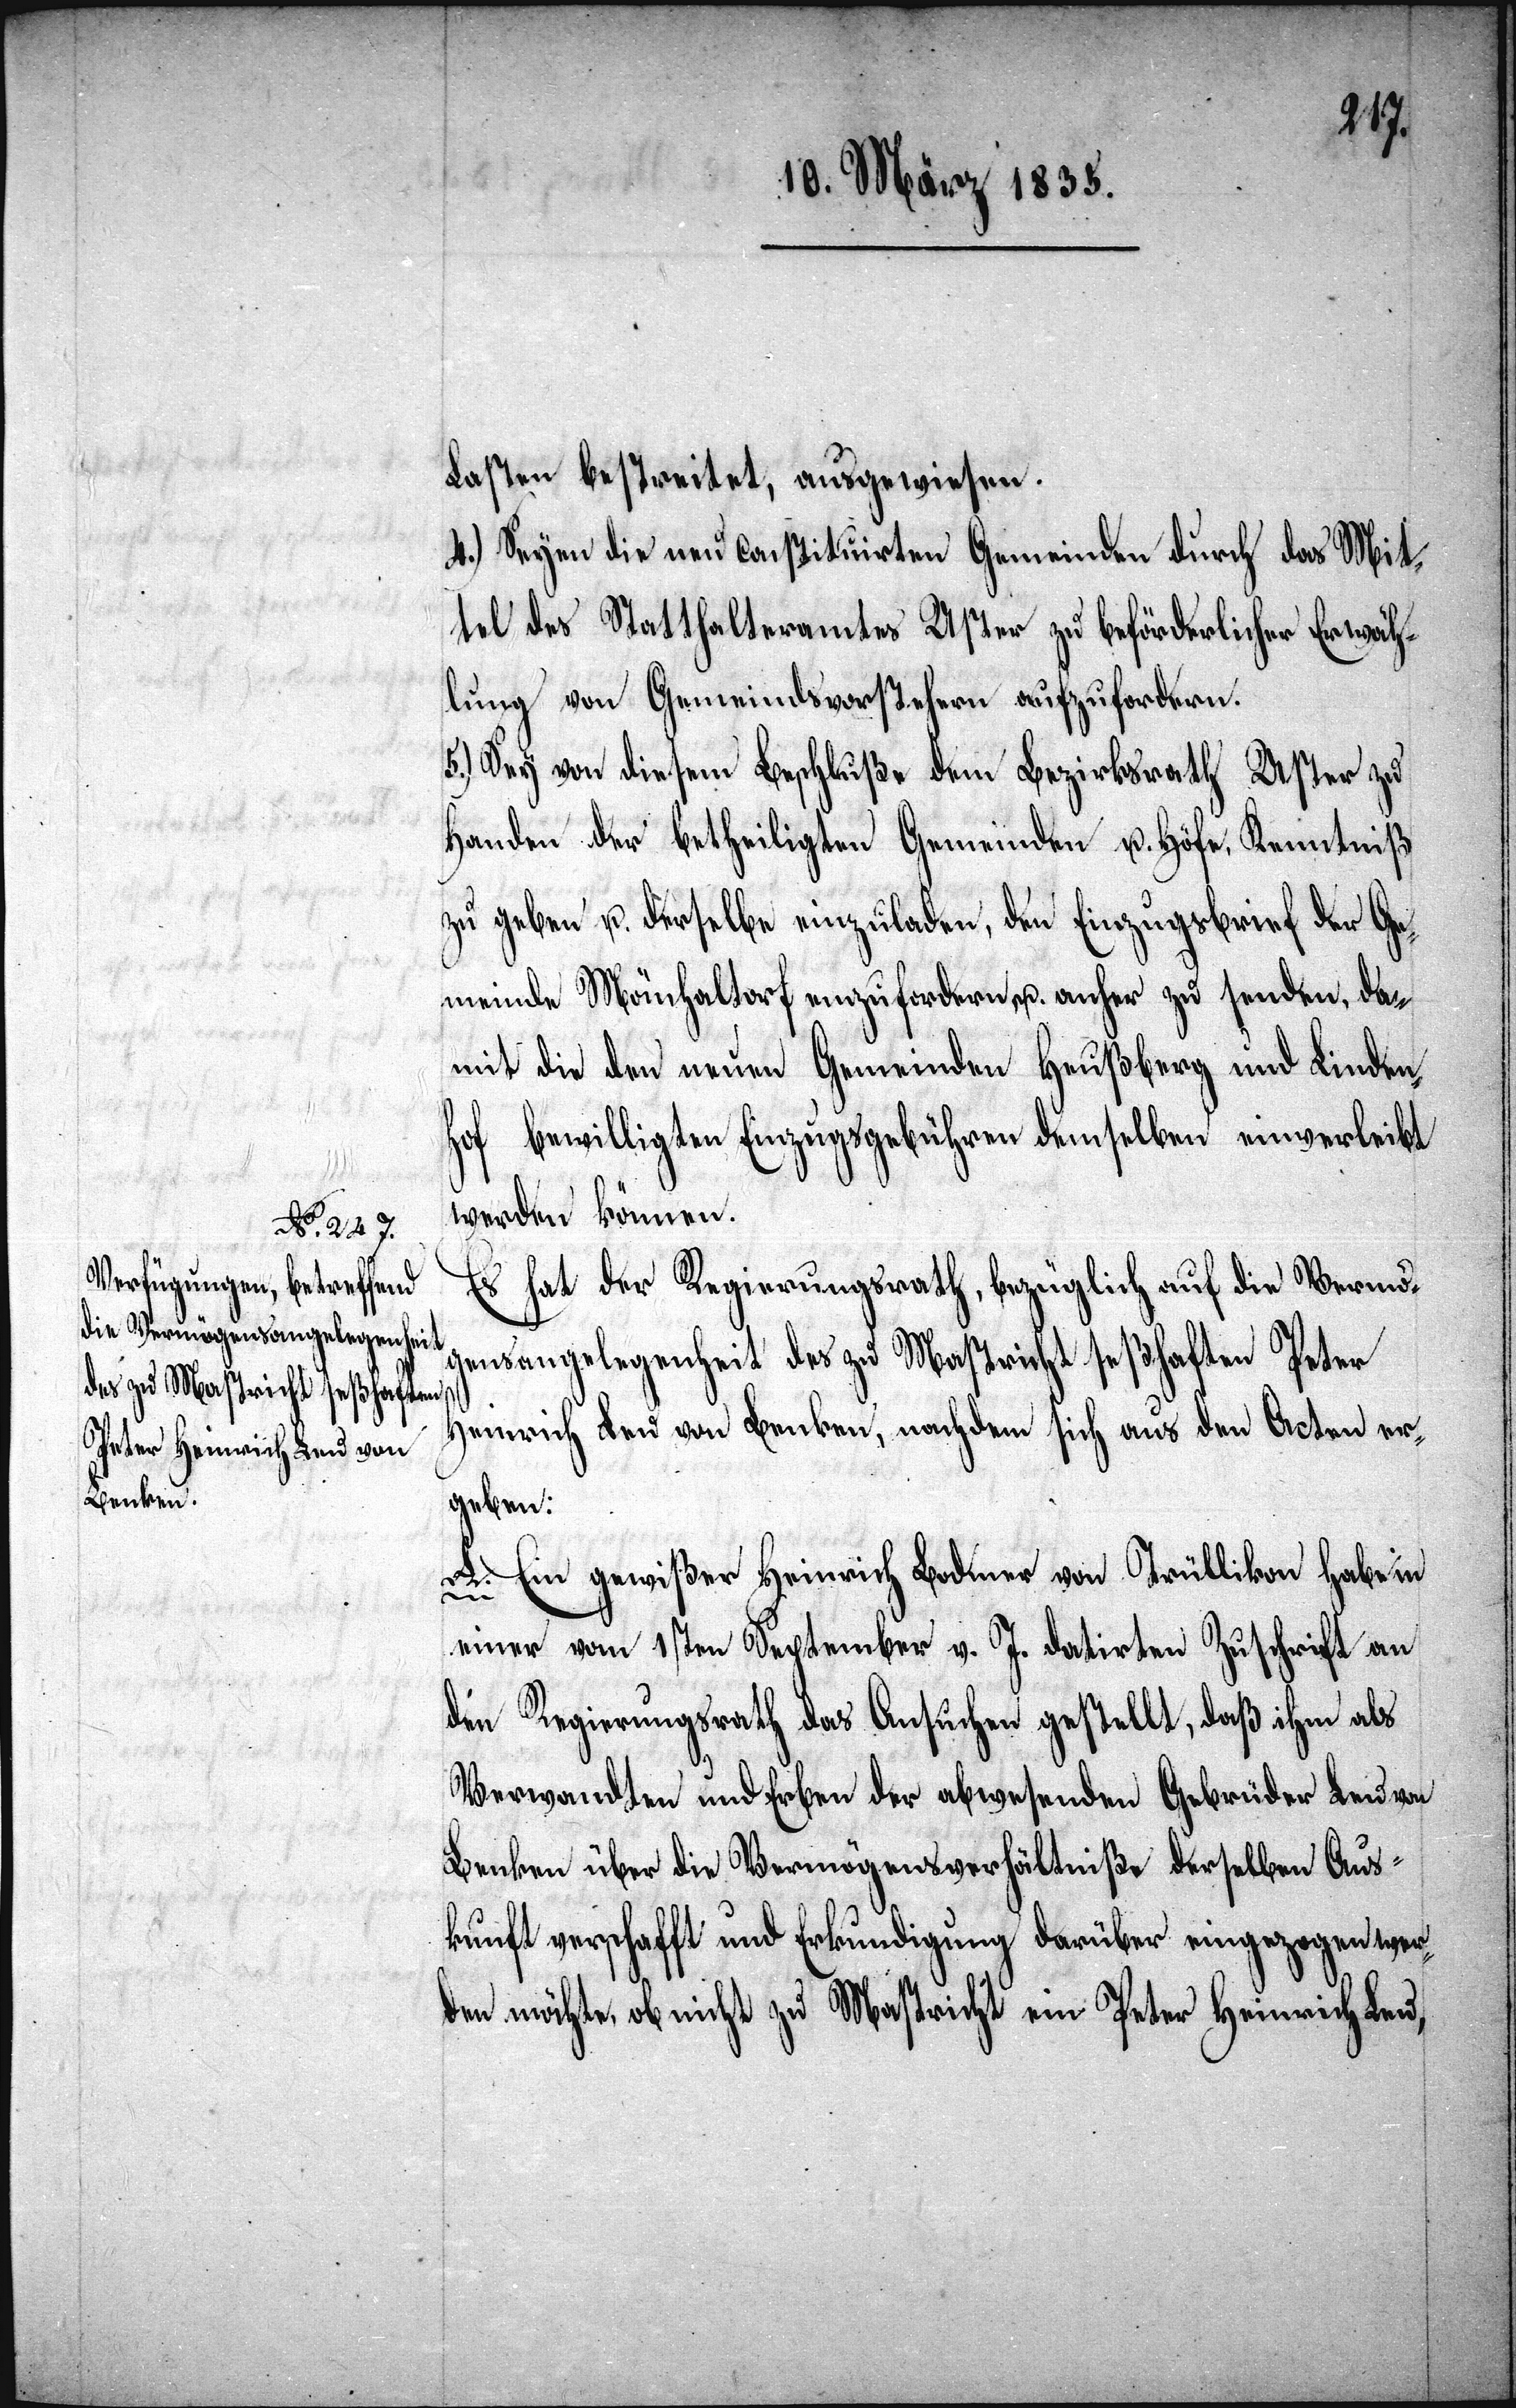
Lasten bestreitet, ausgewiesen.
4.) Seyen die neu constituirten Gemeinden durch das Mit¬
tel des Statthalteramtes Uster zu beförderlicher Erwäh¬
lung von Gemeindsvorstehern aufzufordern.
5.) Sey von diesem Beschluße dem Bezirksrath Uster zu
Handen der betheiligten Gemeinden u. Höfe, Kenntniß
zu geben u. derselbe einzuladen, den Einzugsbrief der Ge¬
meinde Mönchaltorf einzufordern u. anher zu senden, da¬
mit die den neuen Gemeinden Heußberg und Linden¬
hof bewilligten Einzugsgebühren demselben einverleibt
werden können.
Es hat der Regierungsrath, bezüglich auf die Vermö¬
gensangelegenheit des zu Mastricht seßhaften Peter
Heinrich Leu von Benken, nachdem sich aus den Acten er¬
geben:
A. Ein gewißer Heinrich Bodmer von Trüllikon habe in
einer vom 1sten September v. J. datirten Zuschrift an
den Regierungsrath das Ansuchen gestellt, daß ihm als
Verwandten und Erben der abwesenden Gebrüder Leu von
Benken über die Vermögensverhältniße derselben Aus¬
kunft verschafft und Erkundigung darüber eingezogen wer¬
den möchte, ob nicht zu Mastricht ein Peter Heinrich Leu,